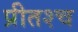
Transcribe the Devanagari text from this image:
प्रीतश्च